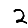
Digit: 2